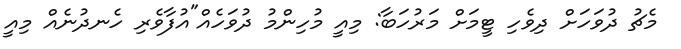
މެޗު ދުވަހަށް ދިވެހި ޓީމަށް މަރުހަބާ: މިއީ މުހިންމު ދުވަހެއް"އުފާވެރި ހެނދުނެއް މިއީ